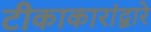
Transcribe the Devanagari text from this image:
टीकाकारांद्वारे